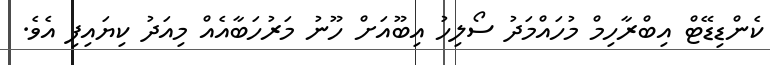
ކެންޑިޑޭޓް އިބްރާހިމް މުހައްމަދު ސޯލިހު އިބޫއަށް ހޫނު މަރުހަބާއެއް މިއަދު ކިޔައިފި އެވެ.